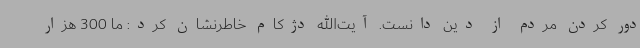
دور کردن مردم از دین دانست. آیت‌الله دژکام خاطرنشان کرد: ما 300 هزار